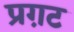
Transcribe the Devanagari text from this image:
प्रग़ट